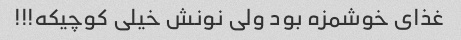
غذای خوشمزه بود ولی نونش خیلی کوچیکه!!!